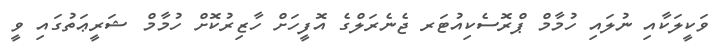
ވަކީލަކާއި ނުލައި ހުމާމް ޕްރޮސެކިއުޓަރ ޖެނެރަލްގެ އޮފީހަށް ހާޒިރުކޮށް ހުމާމް ޝަރީޢަތުގައި ވީ